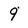
Character: 9